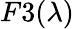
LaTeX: F3(\lambda)